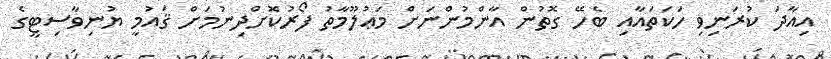
އިއާދަ ކުރަނިވި ހަކަތައާއި ބެހޭ ގޮތުން އާންމުންނަށް މަޢުލޫމާތު ފޯރުކޮށްދިނުމަށް ޤައުމީ ޔުނިވާސިޓީގެ